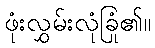
ဖုံးလွှမ်းလုံခြုံ၏။